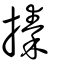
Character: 搸